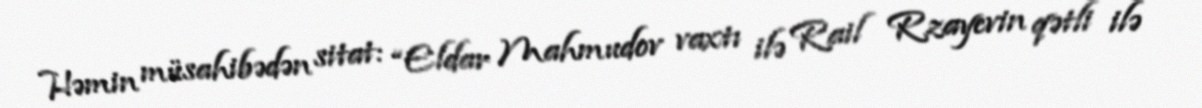
Həmin müsahibədən sitat: “Eldar Mahmudov vaxtı ilə Rail Rzayevin qətli ilə